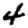
Digit: 4